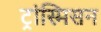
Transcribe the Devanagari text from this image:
ट्रांस्मिसन